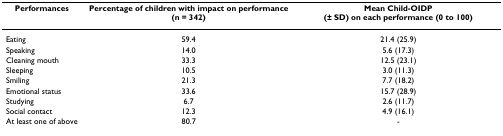
<table><thead><tr><td><b>Performances</b></td><td><b>Percentage of children with impact on performance (n = 342)</b></td><td><b>Mean Child-OIDP (± SD) on each performance (0 to 100)</b></td></tr></thead><tbody><tr><td>Eating</td><td>59.4</td><td>21.4 (25.9)</td></tr><tr><td>Speaking</td><td>14.0</td><td>5.6 (17.3)</td></tr><tr><td>Cleaning mouth</td><td>33.3</td><td>12.5 (23.1)</td></tr><tr><td>Sleeping</td><td>10.5</td><td>3.0 (11.3)</td></tr><tr><td>Smiling</td><td>21.3</td><td>7.7 (18.2)</td></tr><tr><td>Emotional status</td><td>33.6</td><td>15.7 (28.9)</td></tr><tr><td>Studying</td><td>6.7</td><td>2.6 (11.7)</td></tr><tr><td>Social contact</td><td>12.3</td><td>4.9 (16.1)</td></tr><tr><td>At least one of above</td><td>80.7</td><td>-</td></tr></tbody></table>